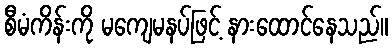
စီမံကိန်းကို မကျေမနပ်ဖြင့် နားထောင်နေသည်။